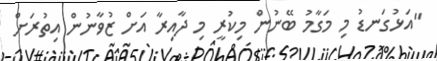
"އަޅުގަނޑު މި މަގާމު ބޭނުން މިކުރީ މި ދާއިރާ އަށް ޒުވާނުން އިތުރަށް